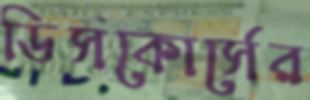
ডিসকোর্সের